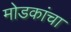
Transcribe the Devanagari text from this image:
मोडकांचा